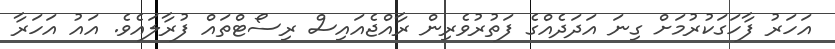
އަހަރު ފާހަގަކުރުމަށް ގިނަ އަދަދެއްގެ ފަތުރުވެރިން ރާއްޖެއައިސް ރިސޯޓްތައް ފުރާލައެވެ. އައު އަހަރާ